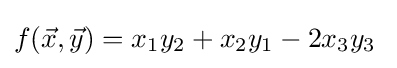
f({\vec {x}},{\vec {y}})=x_{1}y_{2}+x_{2}y_{1}-2x_{3}y_{3}\;